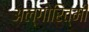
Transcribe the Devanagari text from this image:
अल्गोरित्मी